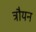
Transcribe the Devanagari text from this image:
त्रौयन